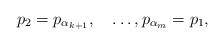
LaTeX: \begin{align*}p_2=p_{\alpha_{k+1}},\quad\ldots,p_{\alpha_m}=p_1,\end{align*}